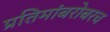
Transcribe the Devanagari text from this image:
प्रतिमांबरोबरच